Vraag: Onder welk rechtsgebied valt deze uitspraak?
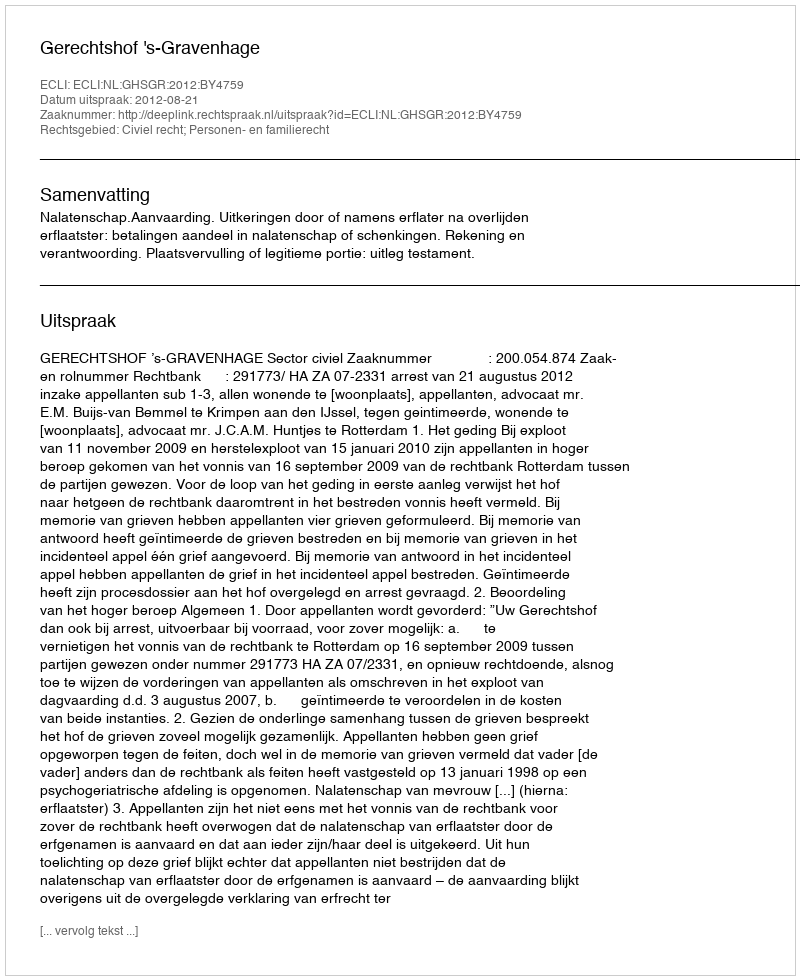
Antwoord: Civiel recht; Personen- en familierecht